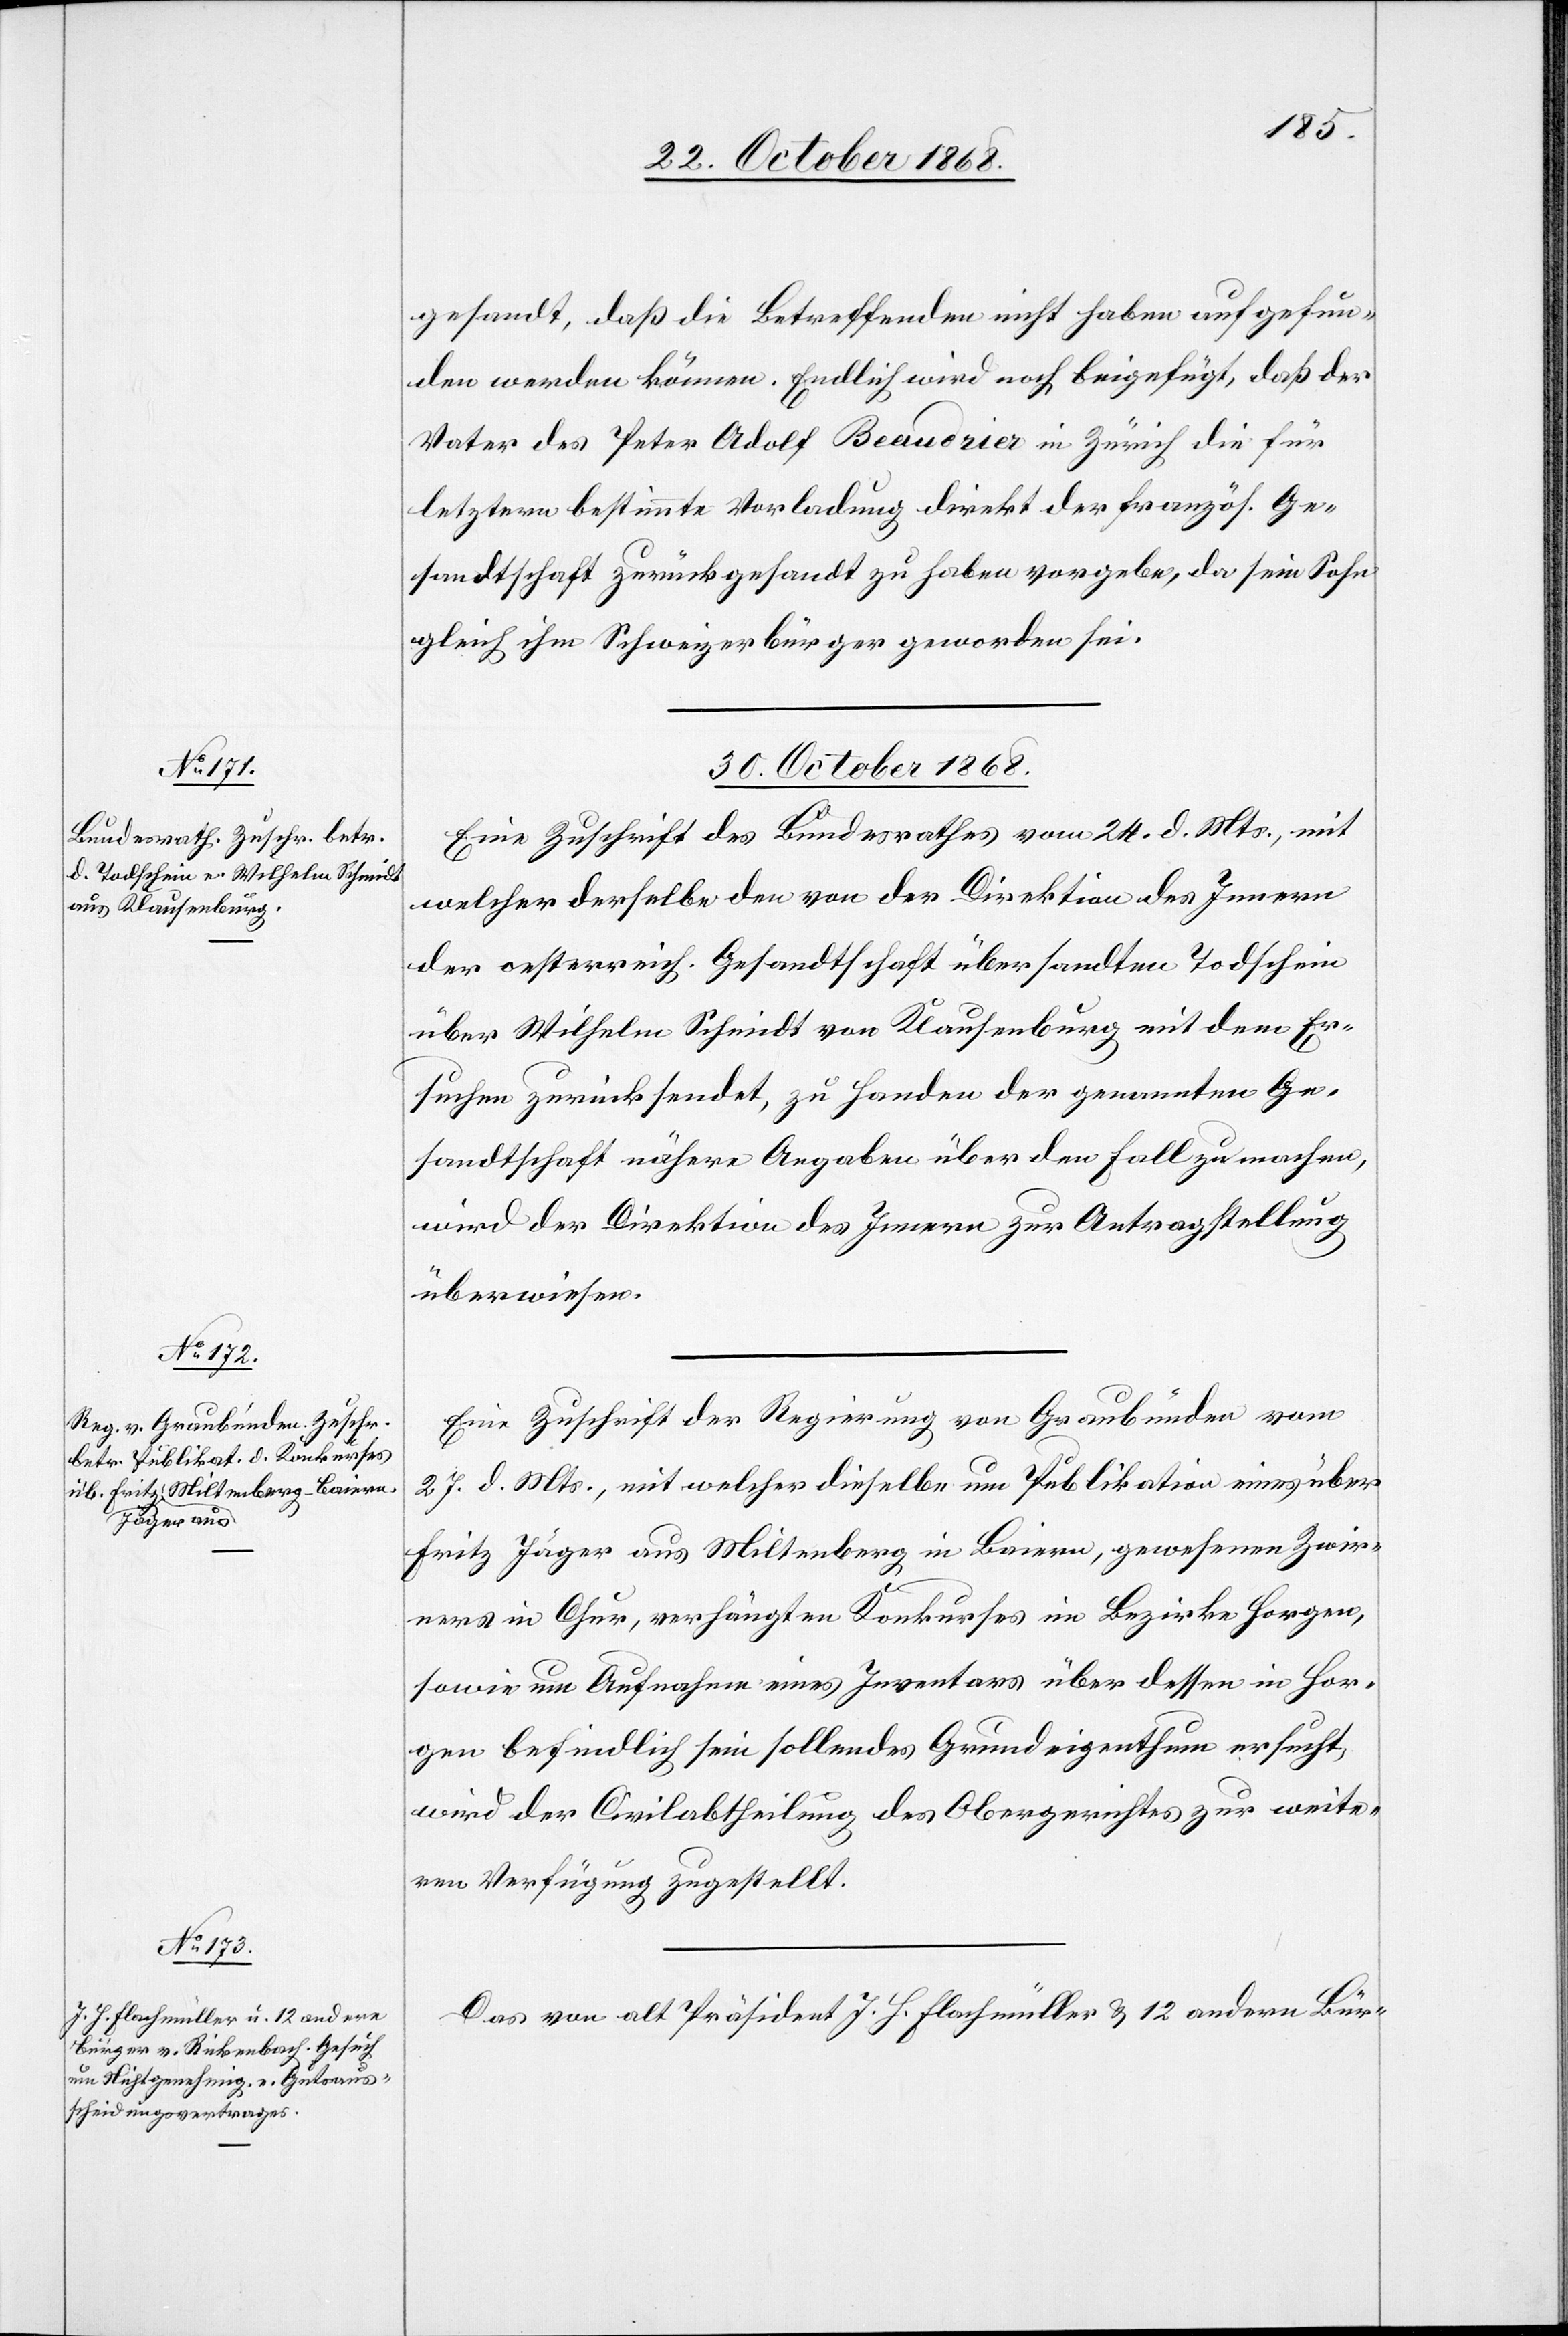
gesandt, daß die Betreffenden nicht haben aufgefun¬
den werden können. Endlich wird noch beigefügt, daß der
Vater des Peter Adolf Beaudrier in Zürich die für
letztern bestimmte Vorladung direkt der französ. Ge¬
sandtschaft zurückgesandt zu haben vorgebe, da sein Sohn
gleich ihm Schweizerbürger geworden sei.
30. October 1868.]
Eine Zuschrift des Bundesrathes vom 24. d. Mts., mit
welcher derselbe den von der Direktion des Innern
der oesterreich. Gesandtschaft übersandten Todschein
über Wilhelm Schmidt von Klausenburg mit dem Er¬
suchen zurücksendet, zu Handen der genannten Ge¬
sandtschaft nähere Angaben über den Fall zu machen,
wird der Direktion des Innern zur Antragstellung
überwiesen.
Eine Zuschrift der Regierung von Graubünden vom
27. d. Mts., mit welcher dieselbe um Publikation eines über
Fritz Jäger aus Miltenberg in Baiern, gewesenen Zwir¬
ners in Chur, verhängten Konkurses im Bezirke Horgen,
sowie um Aufnahme eines Inventars über dessen in Hor¬
gen befindlich sein sollendes Grundeigenthum ersucht,
wird der Civilabtheilung des Obergerichtes zur weite¬
ren Verfügung zugestellt.
Das von alt Präsident J. H. Flachmüller & 12 andern Bür-